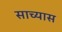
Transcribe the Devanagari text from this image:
साच्यास